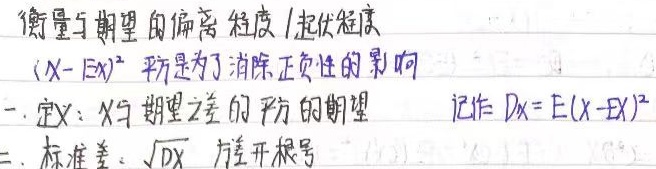
衡量与期望的偏离程度 /起伏程度
\((X - EX)^2\) 平方是为了消除正负性的影响
一. 定义：\(X与期望之差的平方的期望\) 记作 \(DX = E(X - EX)^2\)
二. 标准差：\(\sqrt{DX}\)  方差开根号